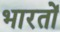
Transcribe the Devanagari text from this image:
भारतों